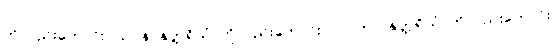
ကိုလည်းကောင်း။ သဝနာနုတ္တရိယံ၊ ကိုလည်းကောင်း။ လာဘာ၊ နုတ္တရိယံ၊ ကိုလည်းကောင်း။